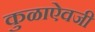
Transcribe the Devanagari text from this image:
कुळाऐवजी